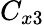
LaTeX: C_{x3}